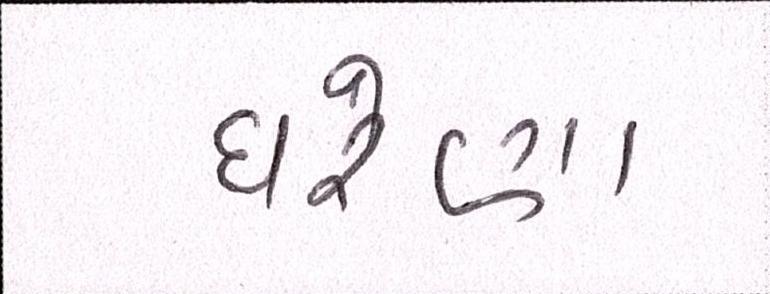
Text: ઘરેણા